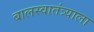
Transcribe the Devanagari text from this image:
बालस्वातंत्र्याला